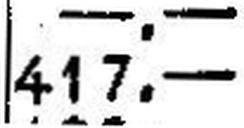
417.—